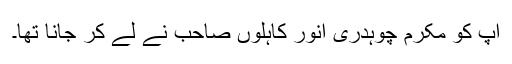
آپؓ کو مکرم چوہدری انور کاہلوں صاحب نے لے کر جانا تھا۔